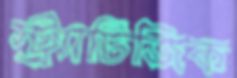
স্ট্র্যাটিজিক